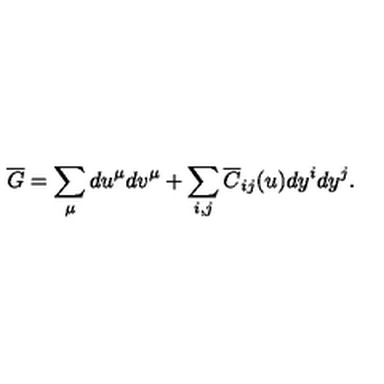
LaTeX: \overline { G } = \sum _ { \mu } d u ^ { \mu } d v ^ { \mu } + \sum _ { i , j } \overline { C } _ { i j } ( u ) d y ^ { i } d y ^ { j } .